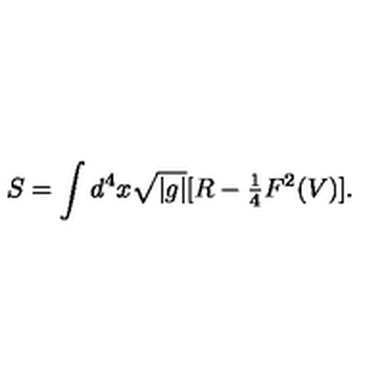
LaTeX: S = \int d ^ { 4 } x \sqrt { | g | } [ R - { \textstyle \frac { 1 } { 4 } } F ^ { 2 } ( V ) ] .